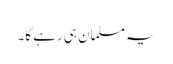
یہ مسلمان ہی رہے گا۔